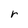
Character: r